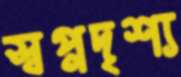
স্বপ্নদৃশ্য